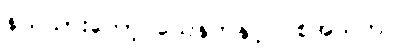
နယ်သားတော့ သေနတ်နှင့် ပစ်အသတ်ပဲ